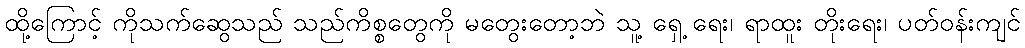
ထို့ကြောင့် ကိုသက်ဆွေသည် သည်ကိစ္စတွေကို မတွေးတော့ဘဲ သူ့ ရှေ့ ရေး၊ ရာထူး တိုးရေး၊ ပတ်ဝန်းကျင်